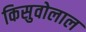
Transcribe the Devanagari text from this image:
किसुवोलाल